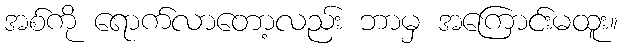
အစ်ကို ရောက်လာတော့လည်း ဘာမှ အကြောင်းမထူး။